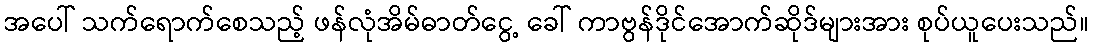
အပေါ် သက်ရောက်စေသည့် ဖန်လုံအိမ်ဓာတ်ငွေ့ ခေါ် ကာဗွန်ဒိုင်အောက်ဆိုဒ်များအား စုပ်ယူပေးသည်။